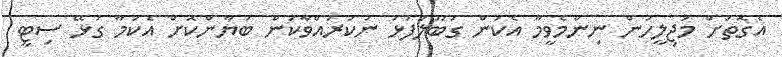
އެގޮތަށް މަޖިލީހުން ނިންމެވީމާ އެކަން ގަބޫލުފުޅު ނުކުރައްވާކަން ބަޔާންކޮށް އެކަމާ ގުޅޭ ސިޓީ